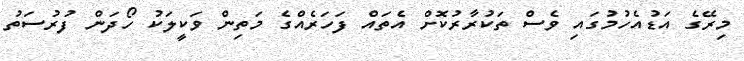
މިރޭގެ އަޑުއެހުމުގައި ވެސް ތަކުރާރުކޮށް އެތައް ފަހަރެއްގެ މަތިން ވަކީލަކު ހޯދަން ފުރުސަތު